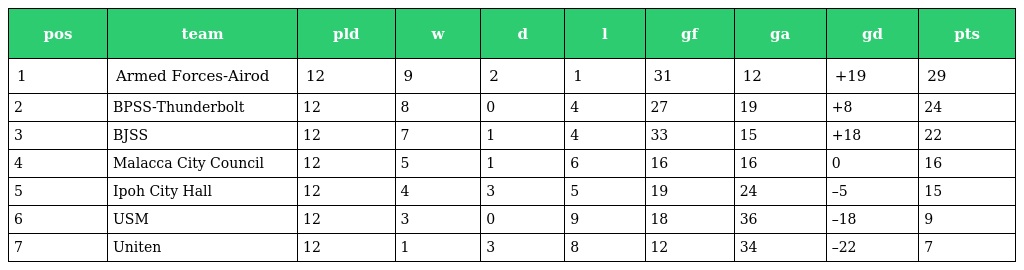
| pos | team | pld | w | d | l | gf | ga | gd | pts |
 | --- | --- | --- | --- | --- | --- | --- | --- | --- | --- |
 | 1 | Armed Forces-Airod | 12 | 9 | 2 | 1 | 31 | 12 | +19 | 29 |
 | 2 | BPSS-Thunderbolt | 12 | 8 | 0 | 4 | 27 | 19 | +8 | 24 |
 | 3 | BJSS | 12 | 7 | 1 | 4 | 33 | 15 | +18 | 22 |
 | 4 | Malacca City Council | 12 | 5 | 1 | 6 | 16 | 16 | 0 | 16 |
 | 5 | Ipoh City Hall | 12 | 4 | 3 | 5 | 19 | 24 | –5 | 15 |
 | 6 | USM | 12 | 3 | 0 | 9 | 18 | 36 | –18 | 9 |
 | 7 | Uniten | 12 | 1 | 3 | 8 | 12 | 34 | –22 | 7 |